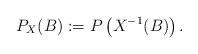
LaTeX: \begin{align*} P_X(B) := P\left(X^{-1}(B)\right).\end{align*}